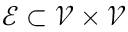
\mathcal { E } \subset \mathcal { V } \times \mathcal { V }